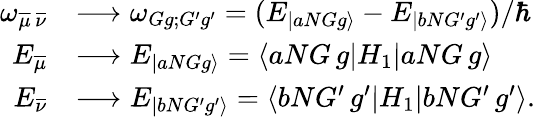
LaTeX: \begin{array}{rl}{\omega_{\overline{{\mu}}\, \overline{{\nu}}}}&{\longrightarrow\omega_{Gg;G^{\prime}g^{\prime}}=(E_{|aNGg\rangle}-E_{|bNG^{\prime}g^{\prime}\rangle})/{\hbar}}\\ {E_{\overline{{\mu}}}}&{\longrightarrow E_{|aNGg\rangle}=\langle aNG\, g|{H_{1}}|aNG\, g\rangle}\\ {E_{\overline{{\nu}}}}&{\longrightarrow E_{|bNG^{\prime}g^{\prime}\rangle}=\langle bNG^{\prime}\, g^{\prime}|{H_{1}}|bNG^{\prime}\, g^{\prime}\rangle.}\end{array}